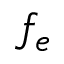
f _ { e }